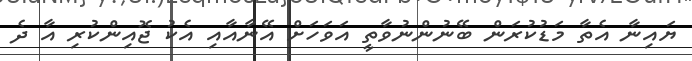
ޔައިނާ އެތާ މަޑުކުރަން ބޭނުންނުވާތީ އަވަހަށް އޭނާއާއި އެކު ޖޮއިންކުރި އާ ދެ